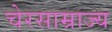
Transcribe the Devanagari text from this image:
चेरसाम्राज्य